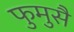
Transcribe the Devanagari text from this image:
फुमुसै